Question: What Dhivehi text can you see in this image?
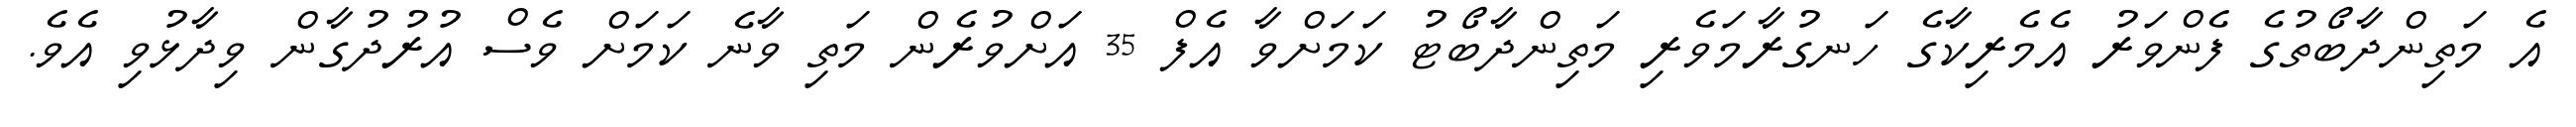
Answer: އެ މަތިންދާބޯތުގެ ފެންވަރު އެމެރިކާގެ ހަނގުރާމަވެރި މަތިންދާބޯޓު ކަމަށްވާ އެފް 35 އަށްވުރެން މަތި ވާނެ ކަމަށް ވެސް އުރުދުގާން ވިދާޅުވި އެވެ.